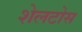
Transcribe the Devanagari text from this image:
शेलटोस